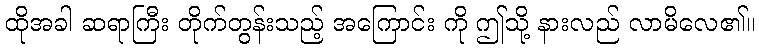
ထိုအခါ ဆရာကြီး တိုက်တွန်းသည့် အကြောင်း ကို ဤသို့ နားလည် လာမိလေ၏။